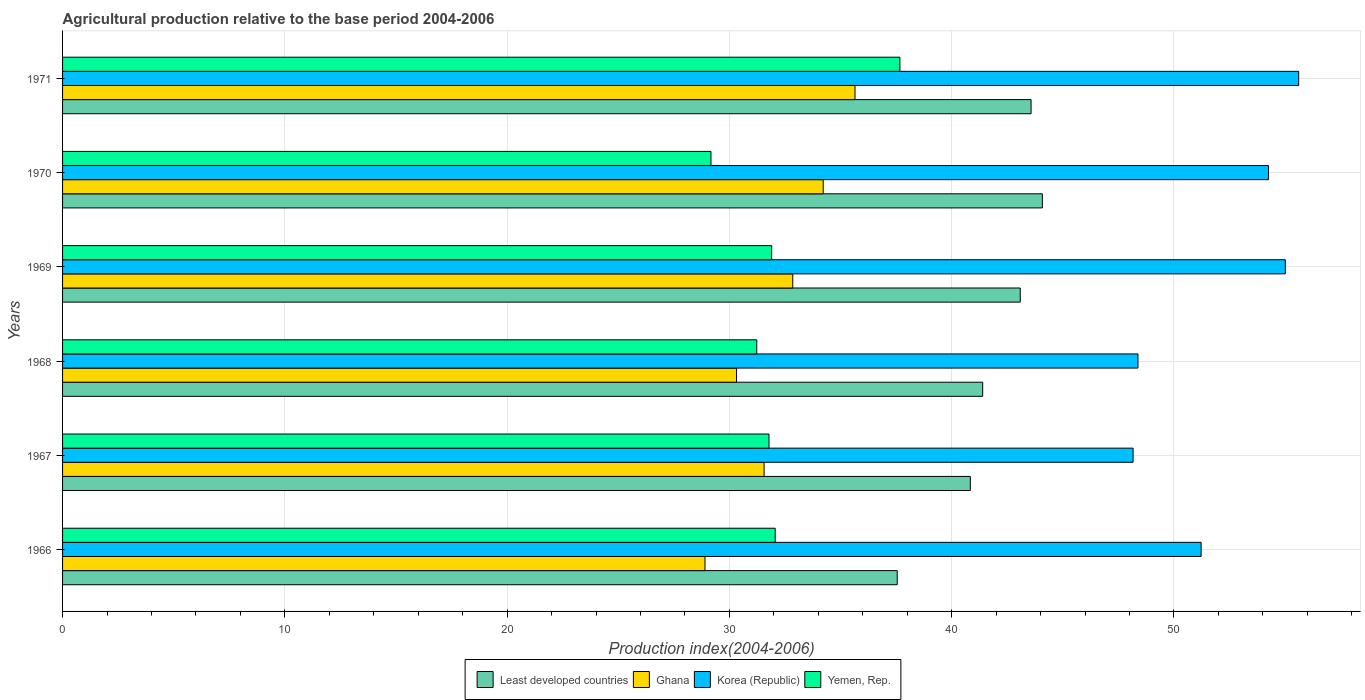
| Years | Least developed countries | Ghana | Korea (Republic) | Yemen, Rep. |
 | --- | --- | --- | --- | --- |
 | 1966 | 37.5 | 28.9 | 51.2 | 32.1 |
 | 1967 | 40.8 | 31.6 | 48.2 | 31.8 |
 | 1968 | 41.4 | 30.3 | 48.4 | 31.2 |
 | 1969 | 43.1 | 32.9 | 55 | 31.9 |
 | 1970 | 44.1 | 34.2 | 54.2 | 29.2 |
 | 1971 | 43.6 | 35.6 | 55.6 | 37.7 |